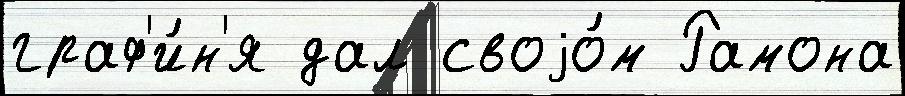
граф'и́н'я дал своjо́м Рамона